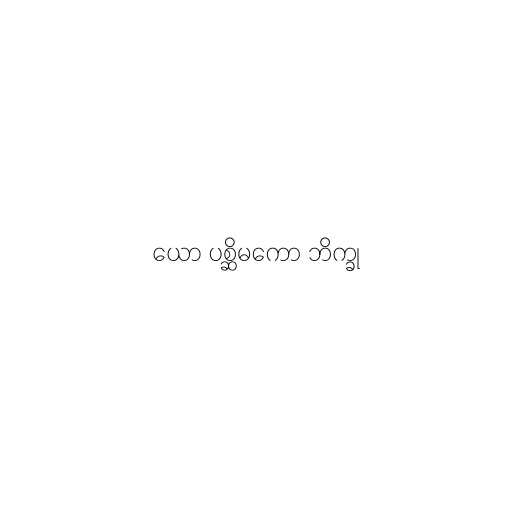
ယော ပစ္ဆိမကော ဘိက္ခု